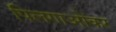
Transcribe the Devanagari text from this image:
पिलगाओंकर